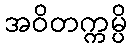
အဝိတက္ကမ္ပိ